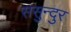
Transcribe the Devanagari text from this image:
ससुन्दुर